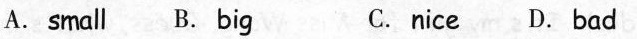
A.small B. big C.nice D.Bad